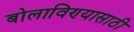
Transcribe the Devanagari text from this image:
बोलाविण्यासाठी